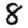
Digit: 8